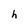
Character: h